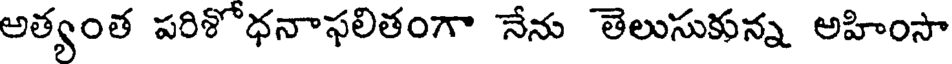
అత్యంత పరిశోధనాఫలితంగా నేను తెలుసుకున్న అహింసా